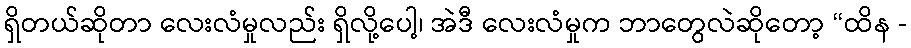
ရှိတယ်ဆိုတာ လေးလံမှုလည်း ရှိလို့ပေါ့၊ အဲဒီ လေးလံမှုက ဘာတွေလဲဆိုတော့ “ထိန -